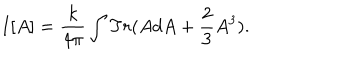
I [ A ] = \frac { k } { 4 \pi } \int T r ( A d A + \frac { 2 } { 3 } A ^ { 3 } ) .